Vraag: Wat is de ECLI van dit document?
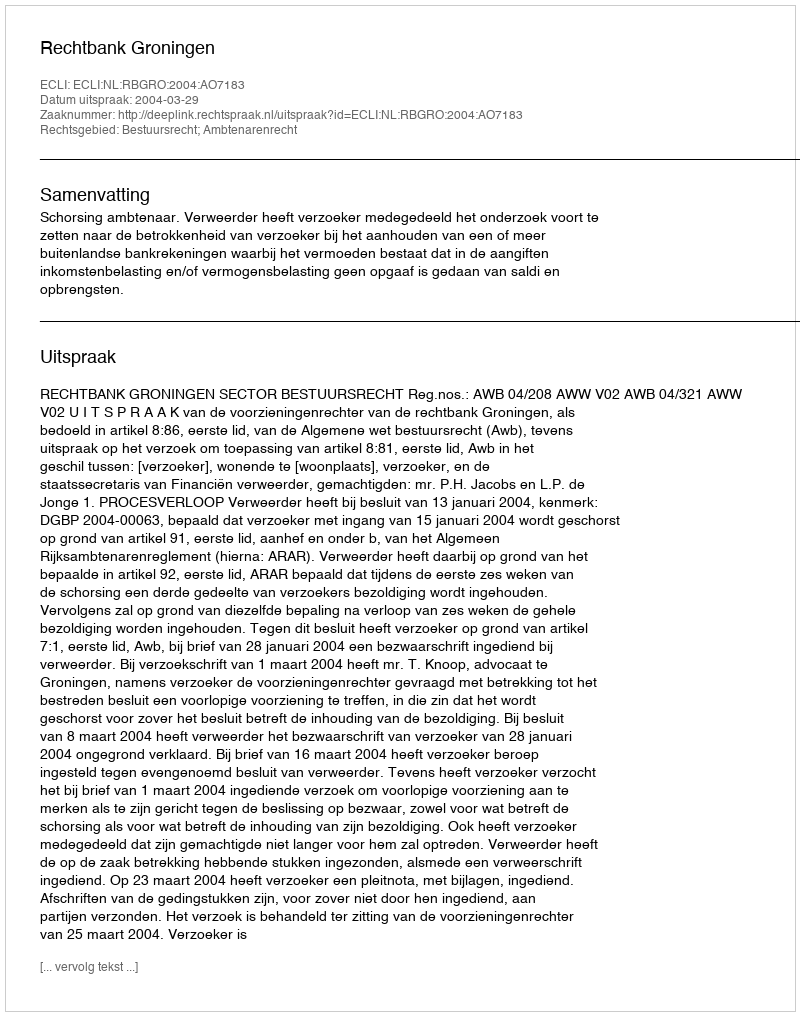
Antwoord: ECLI:NL:RBGRO:2004:AO7183